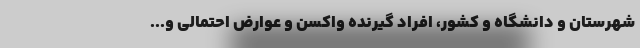
شهرستان و دانشگاه و کشور، افراد گیرنده واکسن و عوارض احتمالی و...